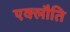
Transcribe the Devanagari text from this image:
एक्लौति